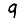
Digit: 9